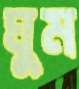
ঘুম